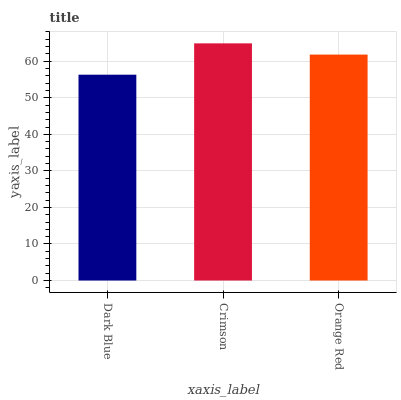
| xaxis_label | bars |
 | --- | --- |
 | Dark Blue | 56.3 |
 | Crimson | 64.9 |
 | Orange Red | 61.8 |